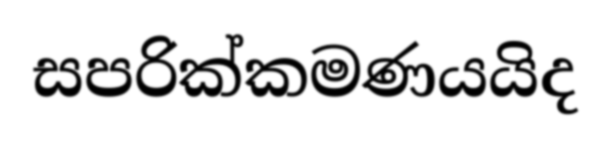
සපරික්කමණයයිද